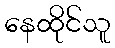
နေထိုင်သူ